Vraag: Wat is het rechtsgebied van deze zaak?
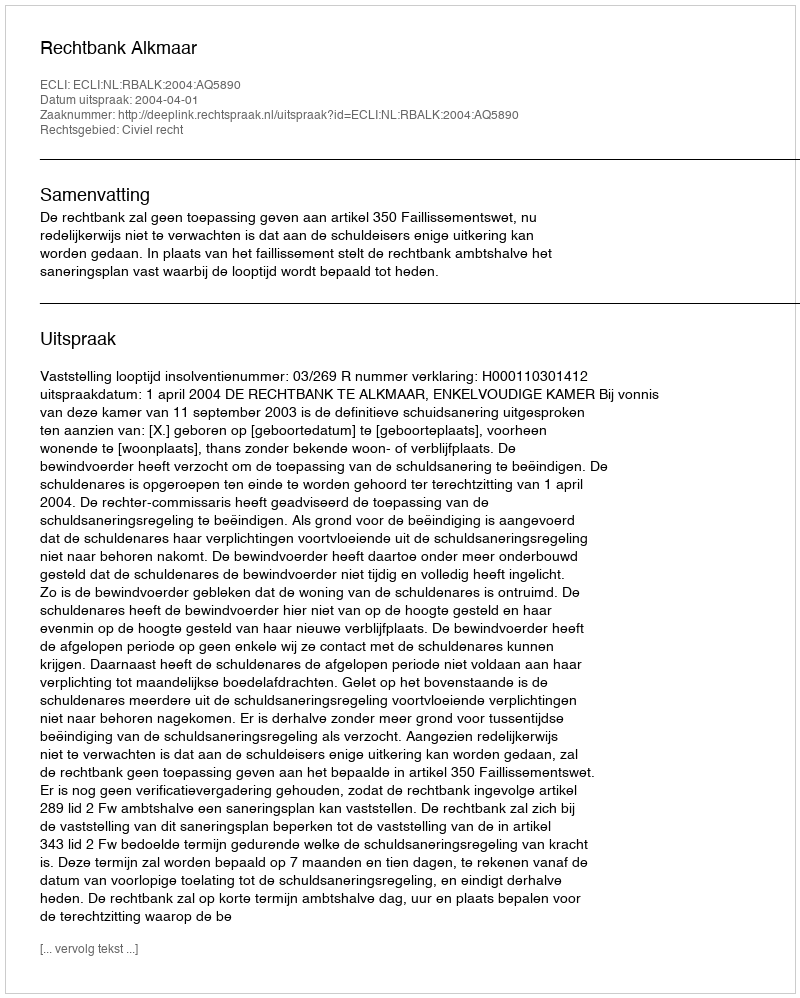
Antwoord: Civiel recht